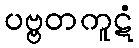
ပဗ္ဗတကူဋံ